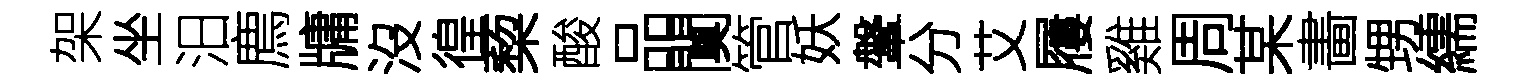
架坐汨廌牗沒徨蔾酸品闃管妖鞶分艾屨雞周某畵甥繻